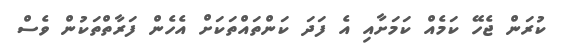
ކުރަން ޖެހޭ ކަމެއް ކަމަށާއި އެ ފަދަ ކަންތައްތަކަށް އެހެން ފަރާތްތަކުން ވެސް